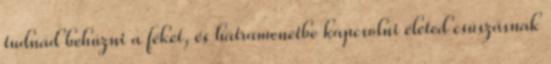
tudnád behúzni a féket, és hátramenetbe kapcsolni életed csúszásnak